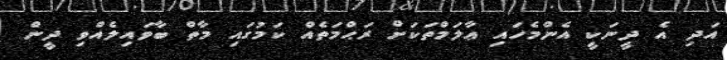
އަދި އެ ދީނަކީ އެންމެހައި ޢާލަމްތަކަށް ރަޙްމަތެއް ކަމުގައި މާތް ބާވައިލެއްވި ދީން